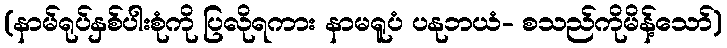
(နာမ်ရုပ်နှစ်ပါးစုံကို ပြလိုရကား နာမရူပံ ပနုဘယံ- စသည်ကိုမိန့်သော်)